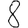
Digit: 8